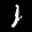
Label: 1